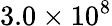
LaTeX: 3.0\times 10^{8}